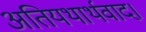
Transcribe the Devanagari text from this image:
अतियथार्थवाद।